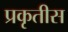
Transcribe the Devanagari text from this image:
प्रकृतीस